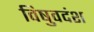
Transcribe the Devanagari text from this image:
विषुवदंश